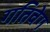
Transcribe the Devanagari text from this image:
गतिवेग